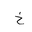
Letter: _kha